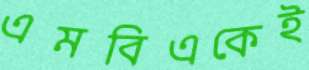
এমবিএকেই